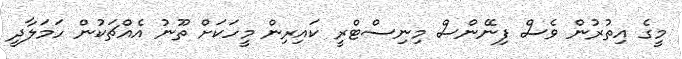
މީގެ އިތުރުން ވެސް ފިނޭންސް މިނިސްޓްރީ ކައިރިން މީހަކަށް ތޫނު އެއްޗަކުން ހަމަލާދީ